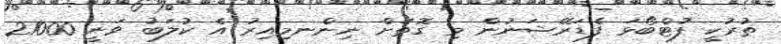
ތުރުކީ ފުޓްބޯޅަ ފެޑަރޭޝަނުން މި ގޮތަށް ނިންނމިއިރު އެ ކުލަބު ވަނީ 21000